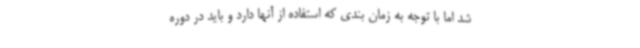
شد اما با توجه به زمان بندی که استفاده از آنها دارد و باید در دوره